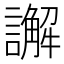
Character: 𮙁